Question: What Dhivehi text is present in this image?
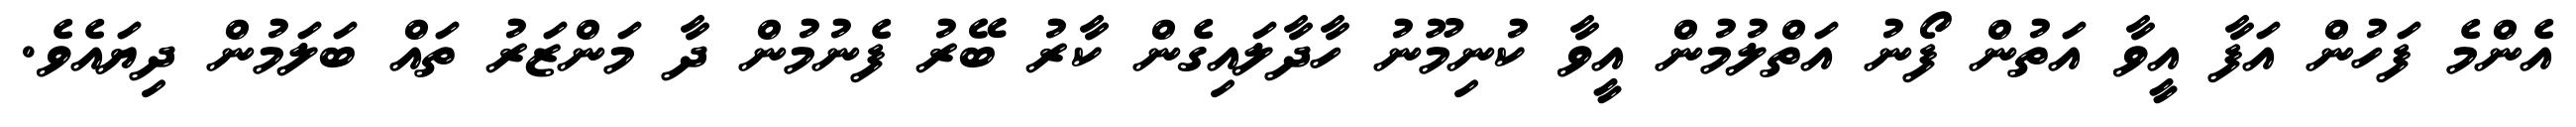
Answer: އެންމެ ފަހުން އަފާ އީވާ އަތުން ފޯނު އަތްލުމުން އީވާ ކުނިމޫނު ހާދާލައިގެން ކާރު ބޭރު ފެނުމުން ދާ މަންޒަރު ތައް ބަލަމުން ދިޔައެވެ.